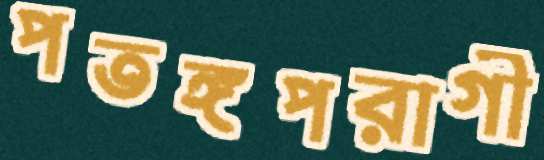
পতঙ্গপরাগী